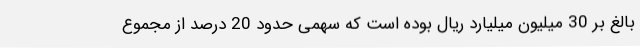
بالغ بر 30 میلیون میلیارد ریال بوده است که سهمی حدود 20 درصد از مجموع